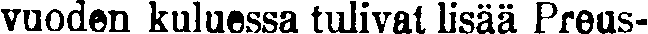
vuoden kuluessa tulivat lisää Preus-